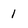
Character: 1